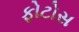
ફોટોસ